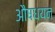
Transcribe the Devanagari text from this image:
औषधयन